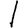
Digit: 1